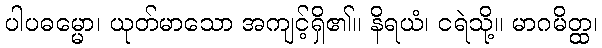
ပါပဓမ္မော၊ ယုတ်မာသော အကျင့်ရှိ၏။ နိရယံ၊ ငရဲသို့။ မာဂမိတ္ထ၊